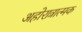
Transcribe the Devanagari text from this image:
अहोरात्रात्मक